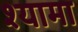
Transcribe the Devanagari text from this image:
श्‍यामा